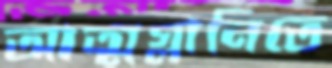
আত্মগ্লানিতে